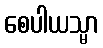
စေပါယသ္မာ